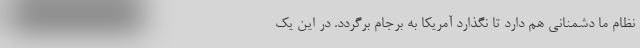
نظام ما دشمنانی هم دارد تا نگذارد آمریکا به برجام برگردد. در این یک